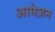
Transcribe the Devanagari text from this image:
आमेज़न